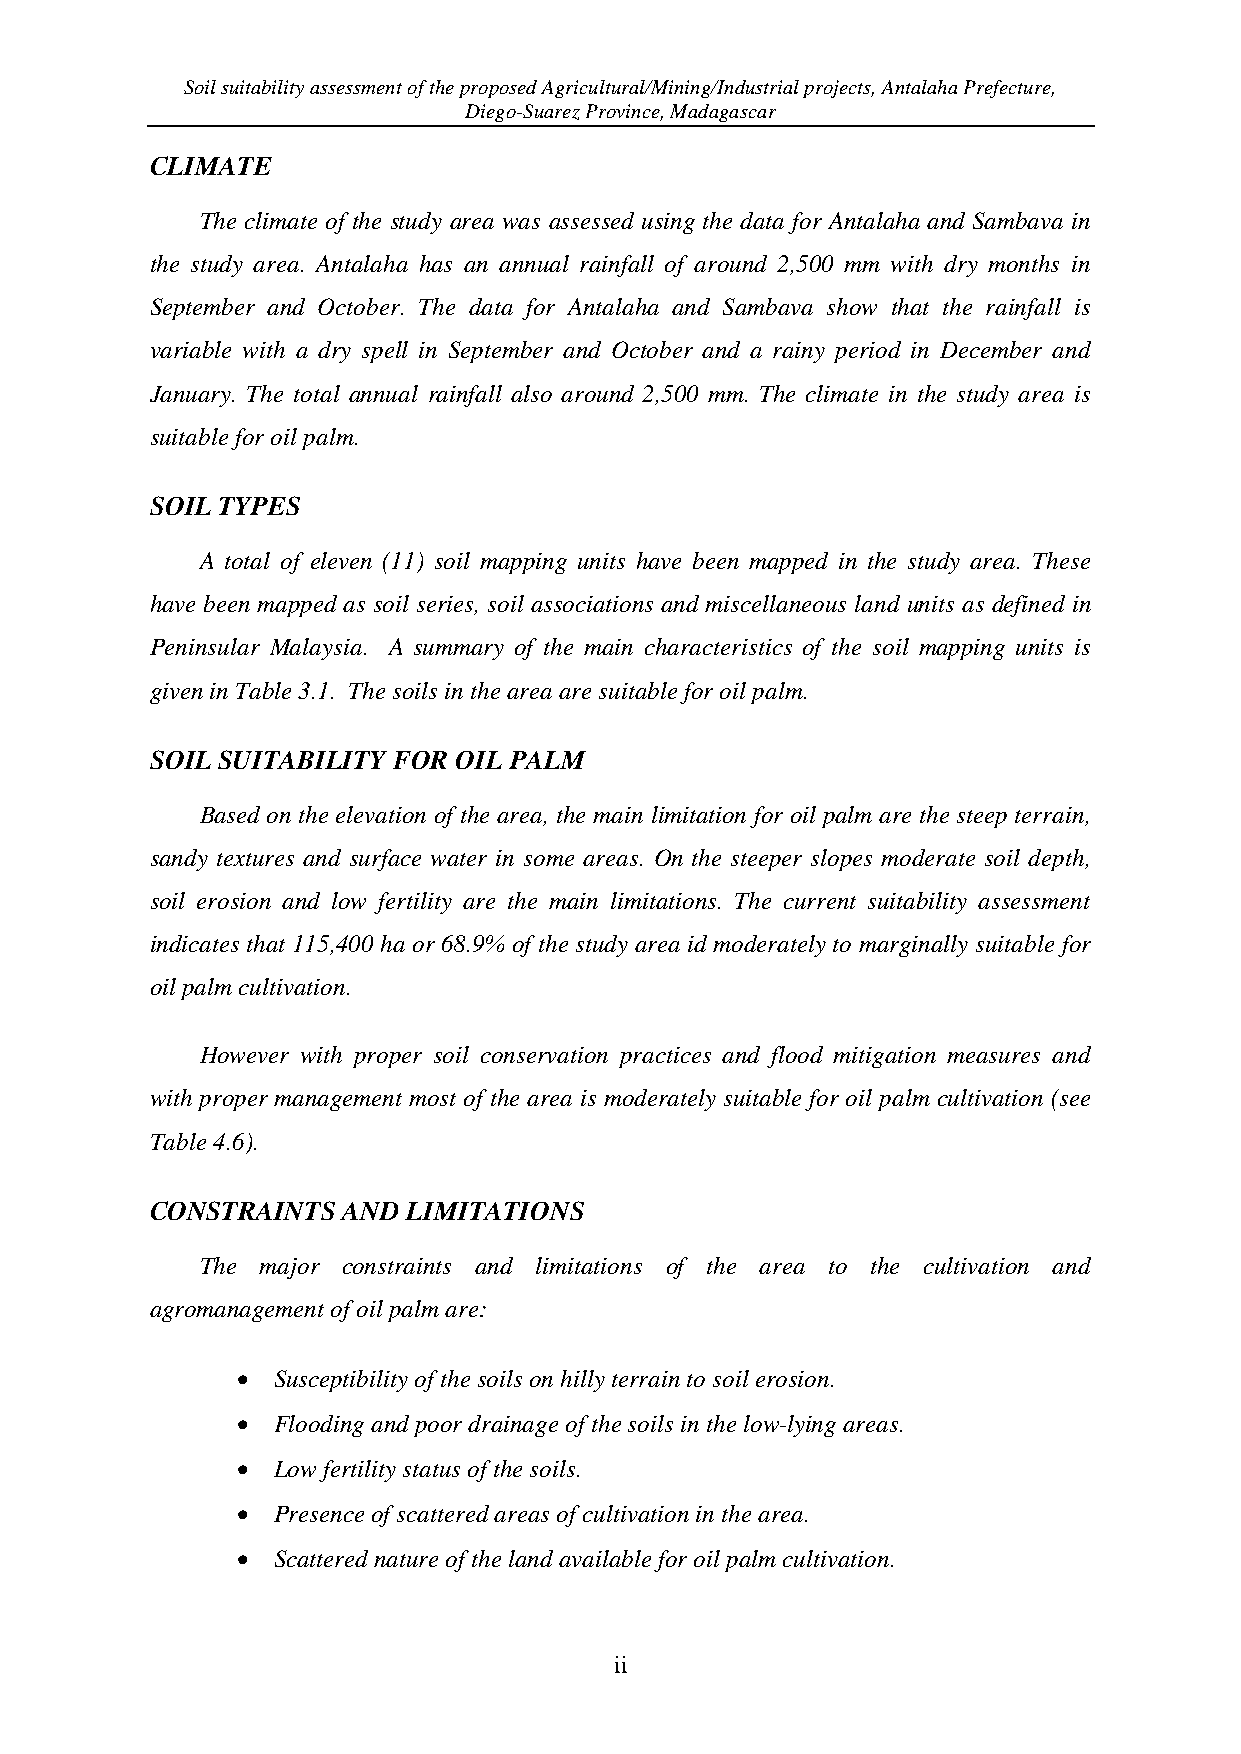
Soil suitability assessment of the proposed Agricultural/Mining/Industrial projects, Antalaha Prefecture,
 Diego-Suarez Province, Madagascar
 CLIMATE
 The climate of the study area was assessed using the data for Antalaha and Sambava in
 the study area. Antalaha has an annual rainfall of around 2,500 mm with dry months in
 September and October. The data for Antalaha and Sambava show that the rainfall is
 variable with a dry spell in September and October and a rainy period in December and
 January. The total annual rainfall also around 2,500 mm. The climate in the study area is
 suitable for oil palm.
 SOIL TYPES
 A total of eleven (11) soil mapping units have been mapped in the study area. These
 have been mapped as soil series, soil associations and miscellaneous land units as defined in
 Peninsular Malaysia. A summary of the main characteristics of the soil mapping units is
 given in Table 3.1. The soils in the area are suitable for oil palm.
 SOIL SUITABILITY FOR OIL PALM
 Based on the elevation of the area, the main limitation for oil palm are the steep terrain,
 sandy textures and surface water in some areas. On the steeper slopes moderate soil depth,
 soil erosion and low fertility are the main limitations. The current suitability assessment
 indicates that 115,400 ha or 68.9% of the study area id moderately to marginally suitable for
 oil palm cultivation.
 However with proper soil conservation practices and flood mitigation measures and
 with proper management most of the area is moderately suitable for oil palm cultivation (see
 Table 4.6).
 CONSTRAINTS  AND LIMITATIONS
 The major constraints and limitations of the area to the cultivation and
 agromanagement of oil palm are:
  Susceptibility of the soils on hilly terrain to soil erosion.
  Flooding and poor drainage of the soils in the low-lying areas.
  Low fertility status of the soils.
  Presence of scattered areas of cultivation in the area.
  Scattered nature of the land available for oil palm cultivation.
 ii